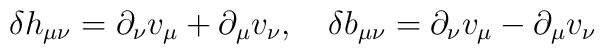
\delta h_{\mu\nu}=\partial_{\nu} v_{\mu}+\partial_{\mu}v_{\nu}, \quad \delta b_{\mu\nu} =\partial_{\nu} v_{\mu}-\partial_{\mu}v_{\nu}